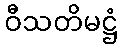
ဝီသတိမဋ္ဌံ